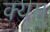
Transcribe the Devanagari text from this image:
क्यमू